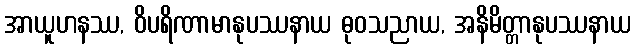
အာယူဟနဿ, ဝိပရိဏာမာနုပဿနာယ ဓုဝသညာယ, အနိမိတ္တာနုပဿနာယ